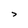
Character: 7